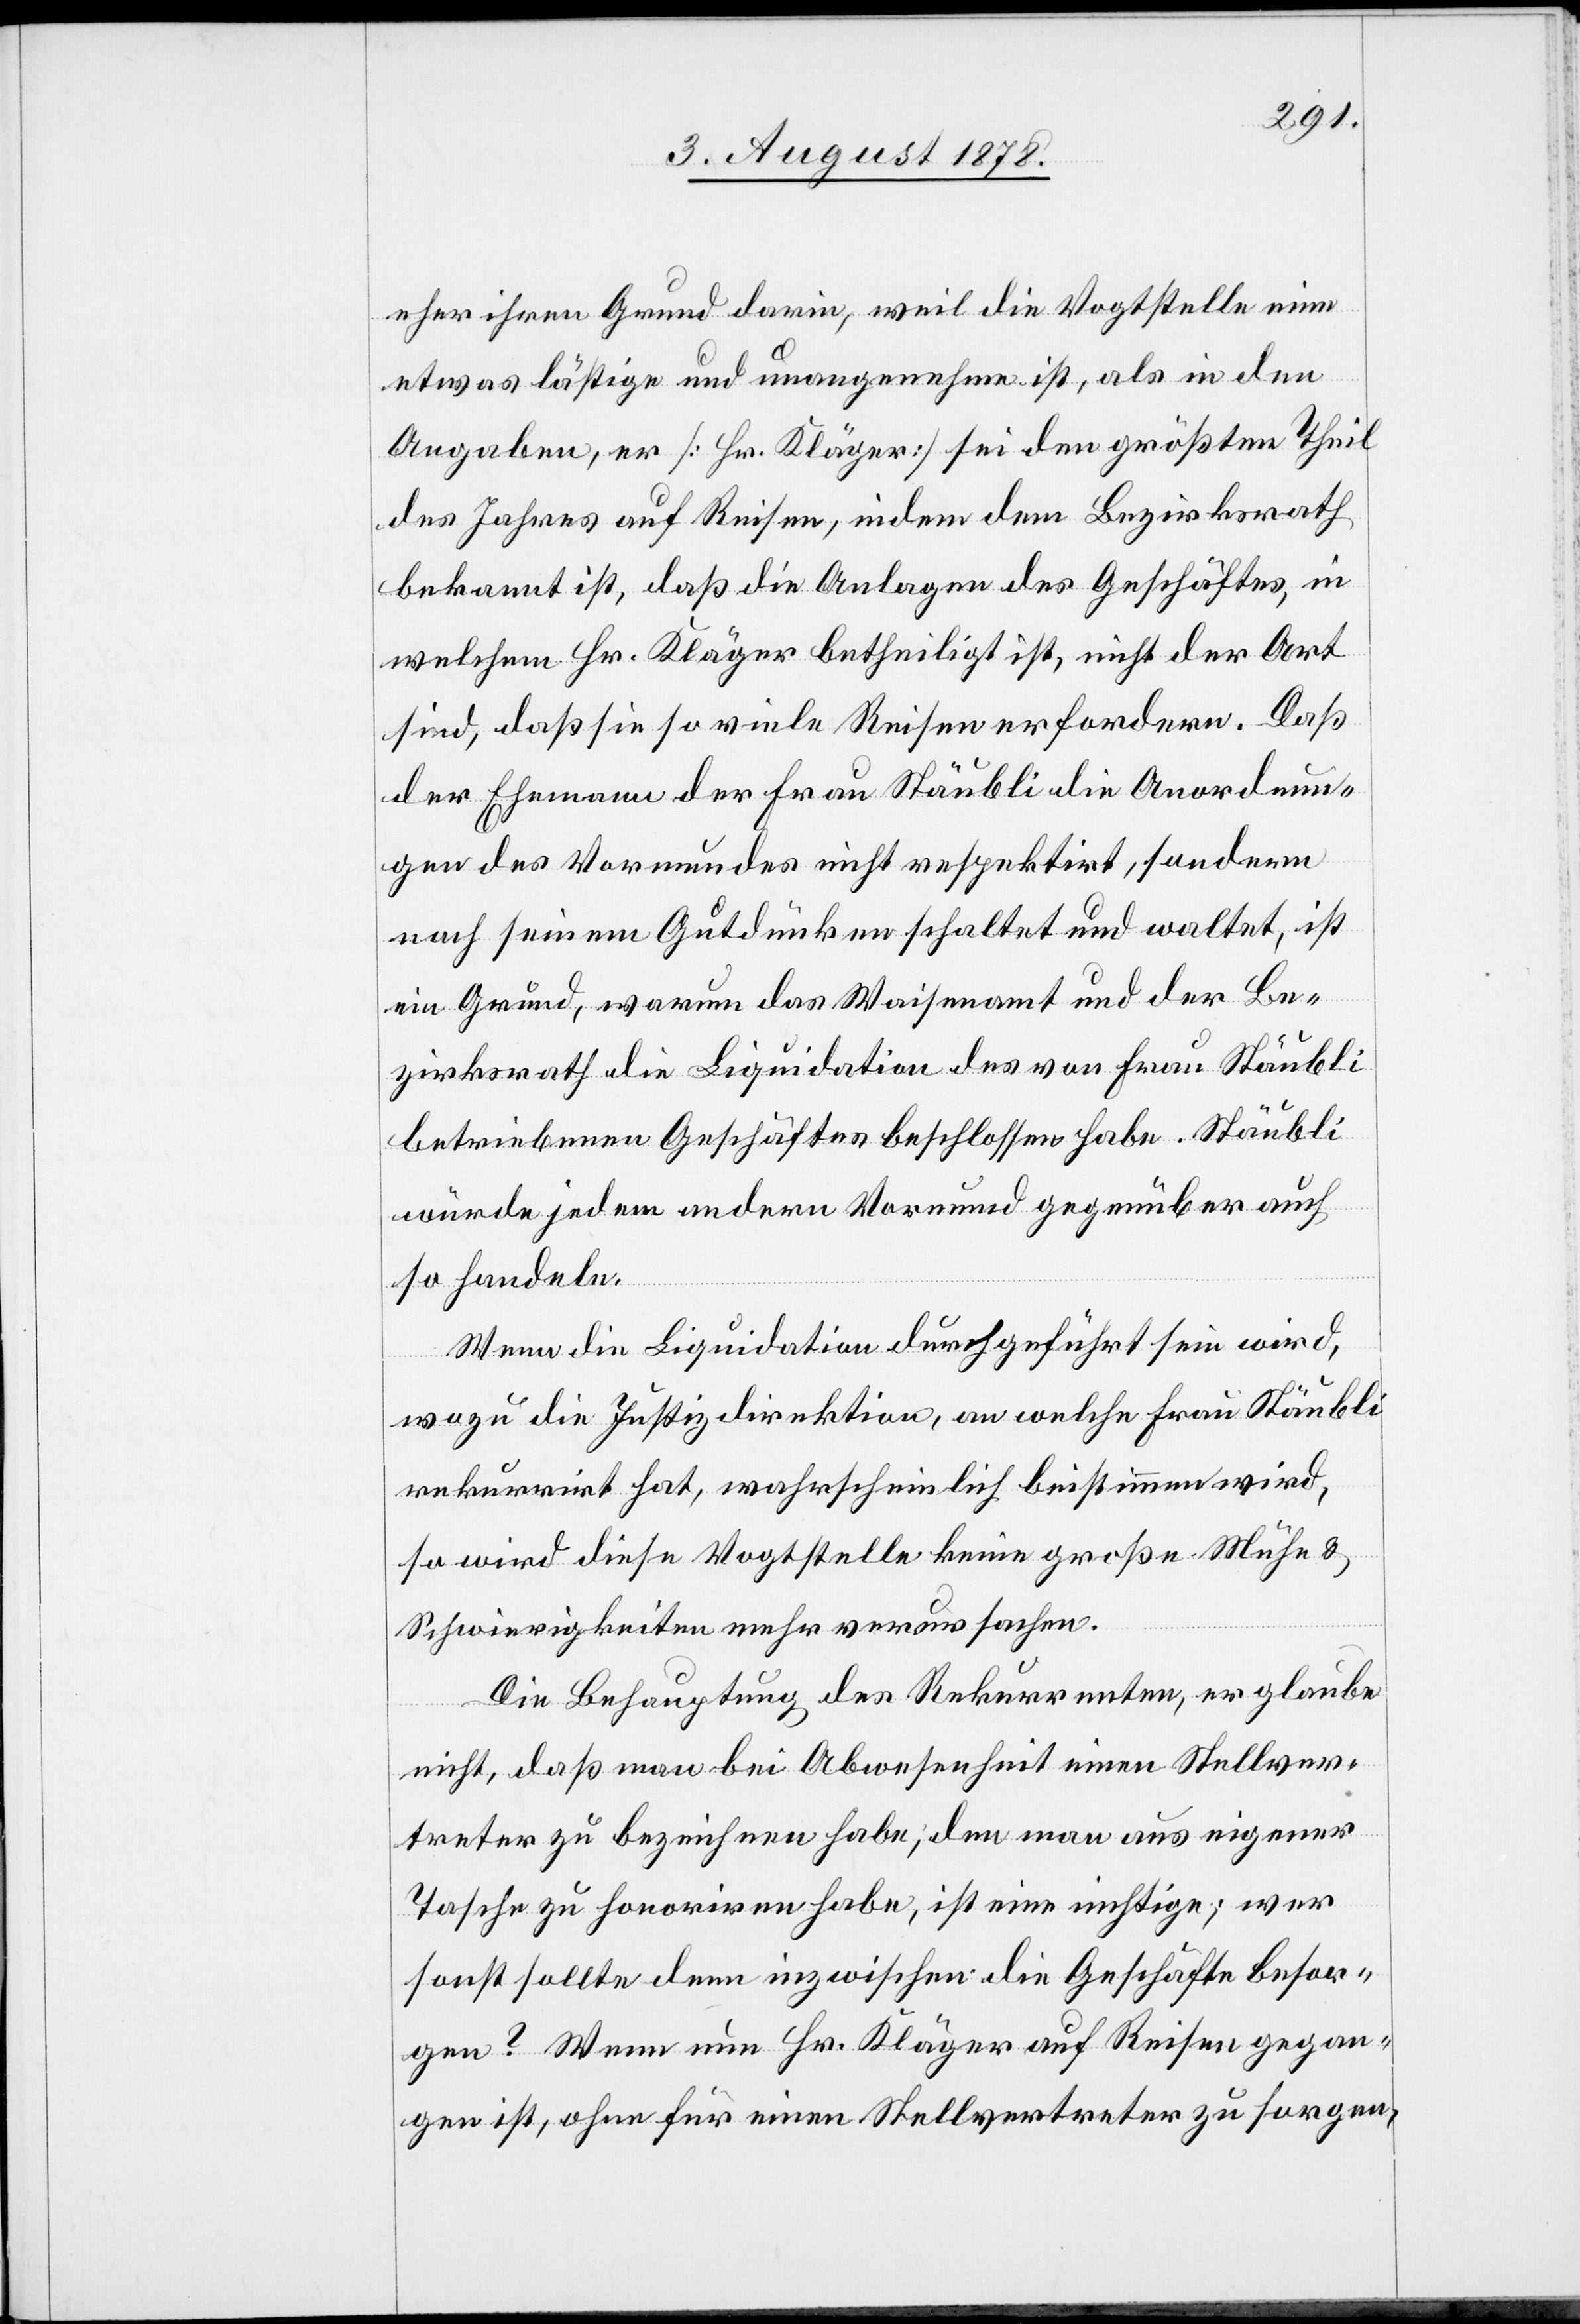
eher ihren Grund darin, weil die Vogstelle eine
etwas lästige und unangenehme ist, als in den
Angaben, er [Hr. Kläger] sei den größten Theil
des Jahres auf Reisen, indem dem Bezirksrath
bekannt ist, daß die Anlagen des Geschäftes, in
welchem Hr. Kläger betheiligt ist, nicht der Ort
sind, daß sie so viele Reisen erfordern. Daß
der Ehemann der Frau Stäubli die Anordnun¬
gen des Vormundes nicht respektirt, sondern
nach seinem Gutdünken schaltet und waltet, ist
ein Grund, warum das Waisenamt und der Be¬
zirksrath die Liquidation des von Frau Stäubli
betriebenen Geschäftes beschlossen habe[n]. Stäubli
würde jedem andern Vormund gegenüber auch
so handeln.
Wenn die Liquidation durchgeführt sein wird,
wozu die Justizdirektion, an welche Frau Stäubli
rekurrirt hat, wahrscheinlich beistimmen wird,
so wird diese Vogtstelle keine große Mühe &
Schwierigkeiten mehr verursachen.
Die Behauptung des Rekurrenten, er glaube
gen?
nicht, daß man in Abwesenheit einen Stellver¬
treter zu bezeichnen habe; den man aus eigener
Tasche zu honoriren habe, ist eine nichtige, wer
sonst sollte denn inzwischen die Geschäfte besor¬
Wenn nun Hr. Kläger auf Reisen gegan¬
gen ist, ohne für einen Stellvertreter zu sorgen,